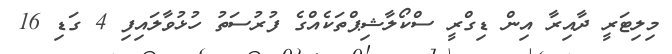
މިލިޓަރީ ދާއިރާ އިން ޑިގްރީ ސްކޯލާޝިޕްތަކެއްގެ ފުރުސަތު ހުޅުވާލައިފި 4 ގަޑި 16